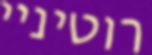
רוטיניי